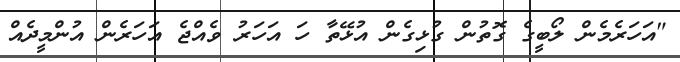
"އަހަރެމެން ލޯބީގެ ގޮތުން ގުޅިގެން އުޅޭތާ ހަ އަހަރު ވެއްޖެ އަހަރެން އުންމީދެއް